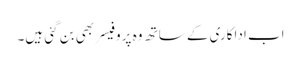
اب اداکاری کے ساتھ وہ پروفیسر بھی بن گئی ہیں۔